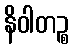
နိဝါတဉ္စ